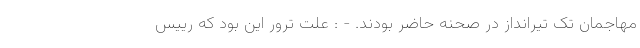
مهاجمان تک تیر‌انداز در صحنه حاضر بودند. - : علت ترور این بود که رییس